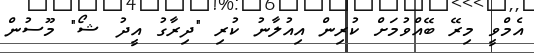
އެމްވީ މިރޭ ބޭއްވުމަށް ކުރިން އިއުލާނު ކުރި "ދިރާގު އީދު ޝޯ" މޫސުން